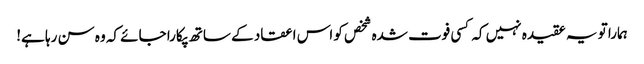
ہمارا تو یہ عقیدہ نہیں کہ کسی فوت شدہ شخص کو اس اعقاد کے ساتھ پکارا جائے کہ وہ سن رہا ہے!